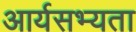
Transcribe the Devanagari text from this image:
आर्यसभ्यता